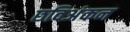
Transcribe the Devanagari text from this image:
छविअंकन